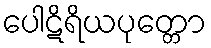
ပေါဋိရိယပုတ္တော